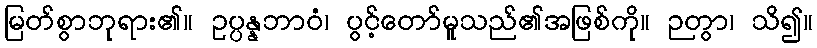
မြတ်စွာဘုရား၏။ ဥပ္ပန္နဘာဝံ၊ ပွင့်တော်မူသည်၏အဖြစ်ကို။ ဉတွာ၊ သိ၍။